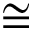
\cong